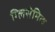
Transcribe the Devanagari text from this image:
ग्लिसेमिक